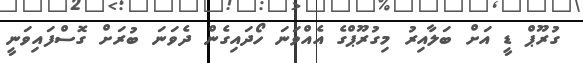
ގުރޫޕް ޑީ އަށް ބަލާއިރު މިގުރޫޕްގެ އެއްވަނަ ހޯދައިގެން ދެވަނަ ބުރަށް ގޮސްފައިވަނީ